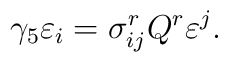
\gamma_{5}\varepsilon_{i}=\sigma_{ij}^{r}Q^{r}\varepsilon^{j}.